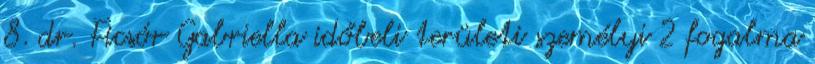
8. dr. Ficsór Gabriella időbeli területi személyi 2 fogalma